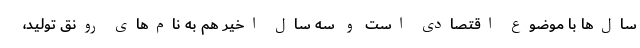
سال‌ها با موضوع اقتصادی است و سه سال اخیر هم به نام‌های رونق تولید،